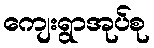
ကျေးရွာအုပ်စု